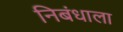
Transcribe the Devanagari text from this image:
निबंधाला